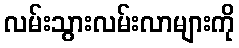
လမ်းသွားလမ်းလာများကို